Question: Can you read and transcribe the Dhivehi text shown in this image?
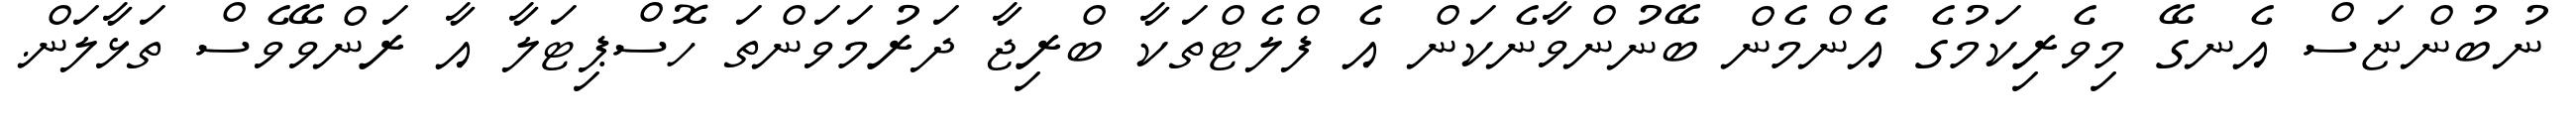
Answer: ނުބުންޏަސް އެނގޭ މިވެރިކަމުގެ އެެންމެން ބޭނުންވާނެކަން އެ ފްލެޓްތަކާ ބްރިޖާ ދަރުމަވަންތަ ހޮސްޕިޓަލާ އާ ރަންވޭވެސް ތަޅާލަން.